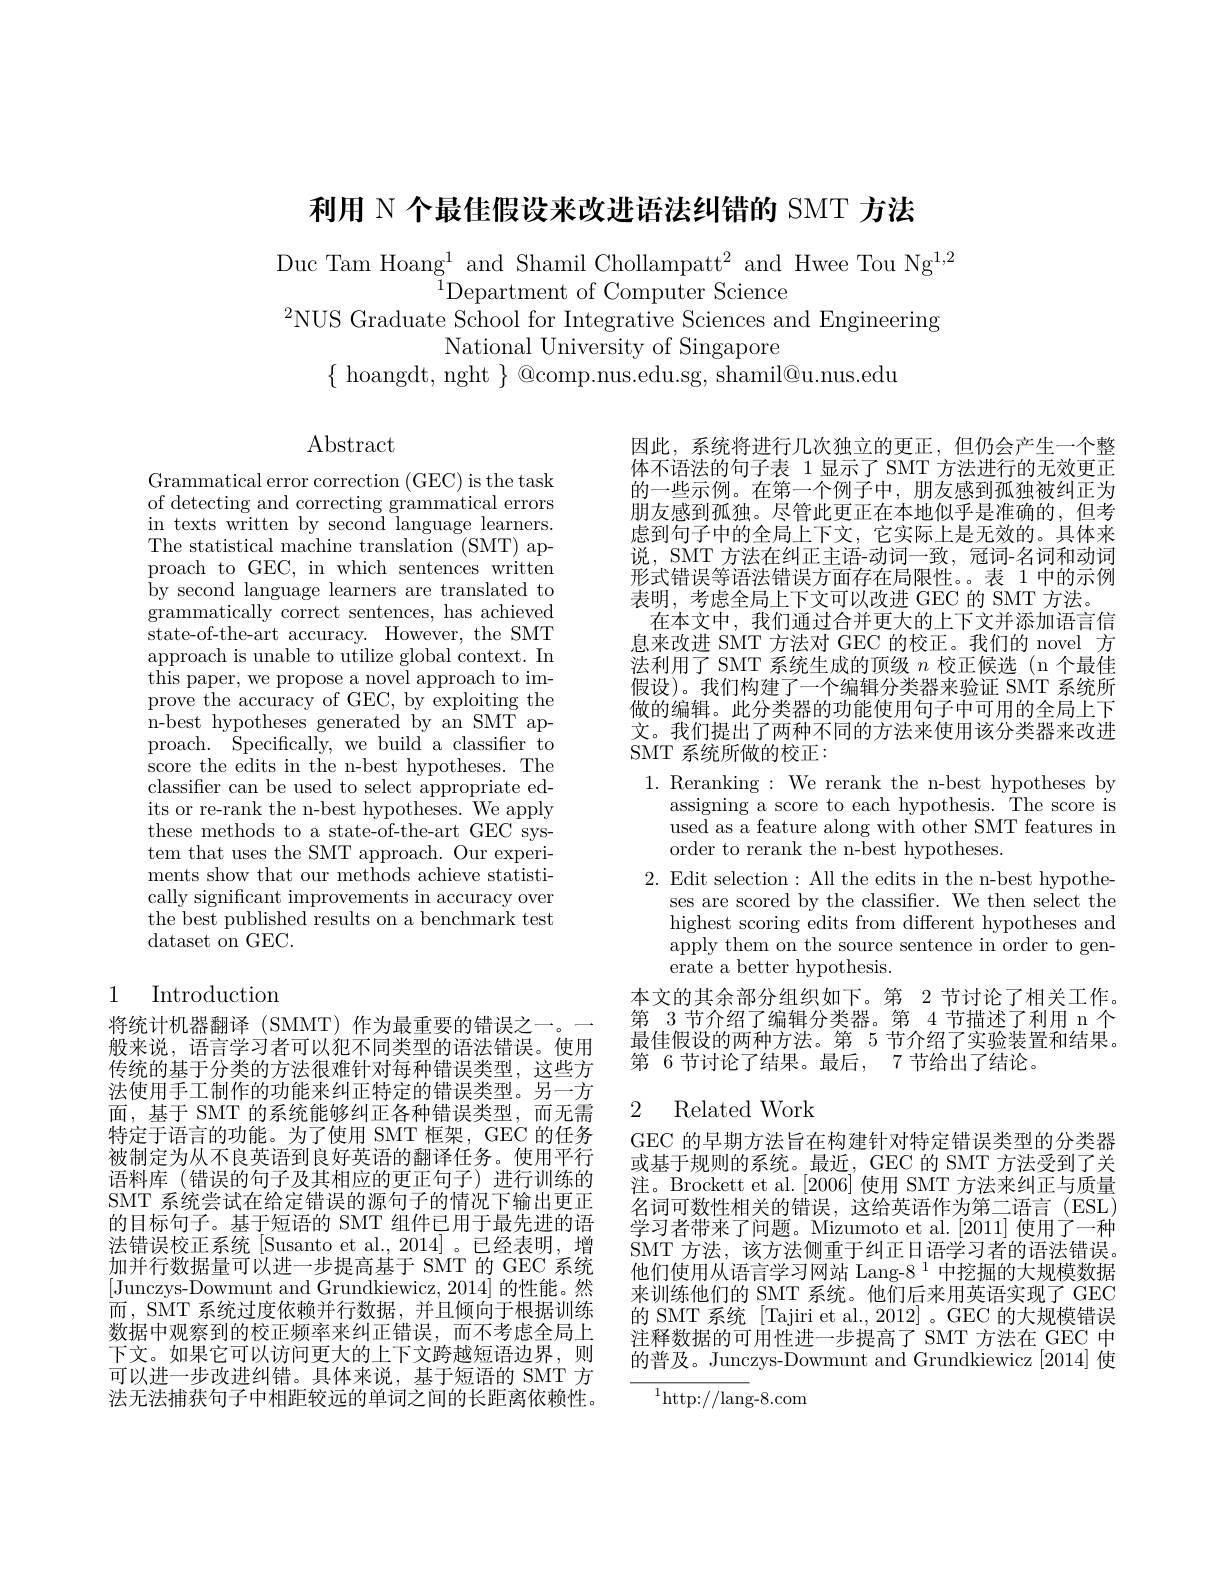
Grammatical error correction (GEC) is the task of detecting and correcting grammatical errors in texts written by second language learners. The statistical machine translation (SMT) approach to GEC, in which sentences written by second language learners are translated to grammatically correct sentences, has achieved state-of-the-art accuracy. However, the SMT approach is unable to utilize global context. In this paper, we propose a novel approach to improve the accuracy of GEC, by exploiting the n- best hypotheses generated by an SMT ap- proach. ${\mathrm{~\tilde{S}pecifically,~we~build~a~classifier~\tilde{t}o}}$ score the edits in the n-best hypotheses. The classifer can be used to select appropriate edits or re-rank the n-best hypotheses. We apply these methods to a state-of-the-art GEC system that uses the SMT approach. Our experiments show that our methods achieve statistically significant improvements in accuracy over the best published results on a benchmark test dataset on GEC.

## 1 Introduction

将统计机器翻译 (SMMT) 作为最重要的错误之一。一般来说，语言学习者可以犯不同类型的语法错误。使用传统的基于分类的方法很难针对每种错误类型，这些方法使用手工制作的功能来纠正特定的错误类型。另一方面，基于 SMT 的系统能够纠正各种错误类型，而无需特定于语言的功能。为了使用 SMT 框架，GEC 的任务被制定为从不良英语到良好英语的翻译任务。使用平行语料库(错误的句子及其相应的更正句子)进行训练的SMT 系统尝试在给定错误的源句子的情况下输出更正的目标句子。基于短语的 SMT 组件已用于最先进的语法错误校正系统[Susanto et al.,2014]。已经表明，增加并行数据量可以进一步提高基于 SMT 的 GEC 系统[Junczys-Dowmunt and Grundkiewicz, 2014] 的性能。然而，SMT 系统过度依赖并行数据，并且倾向于根据训练数据中观察到的校正频率来纠正错误，而不考虑全局上下文。如果它可以访问更大的上下文跨越短语边界，则可以进一步改进纠错。具体来说，基于短语的 SMT 方法无法捕获句子中相距较远的单词之间的长距离依赖性。

利用 N 个最佳假设来改进语法纠错的 SMT 方法

Duc Tam Hoang$^1$ and Shamil Chollampatt$^2$ and Hwee Tou Ng$^1,2$
$^{\mathrm{~}}{}^{1}$Department of Computer Science
$^2$NUS Graduate School for Integrative Sciences and Engineering
National University of Singapore
$\{$hoangdt, nght$\}$@comp.nus.edu.sg, shamil@u.nus.edu

$\operatorname{Abstract}$

1. Reranking: We rerank the n-best hypotheses by
assigning a score to each hypothesis. The score is used as a feature along with other SMT features in order to rerank the n-best hypotheses.
2. Edit selection: All the edits in the n-best hypothe-
ses are scored by the classifier. We then select the highest scoring edits from different hypotheses and apply them on the source sentence in order to generate a better hypothesis.
本文的其余部分组织如下。第 2 节讨论了相关工作。第 3 节介绍了编辑分类器。第 4 节描述了利用 n 个最佳假设的两种方法。第 5 节介绍了实验装置和结果。第 6 节讨论了结果。最后，7 节给出了结论。
2 Related Work
GEC 的早期方法旨在构建针对特定错误类型的分类器

因此，系统将进行几次独立的更正，但仍会产生一个整体不语法的句子表 1 显示了 SMT 方法进行的无效更正的一些示例。在第一个例子中，朋友感到孤独被纠正为朋友感到孤独。尽管此更正在本地似乎是准确的，但考虑到句子中的全局上下文，它实际上是无效的。具体来说，SMT 方法在纠正主语-动词一致，冠词-名词和动词形式错误等语法错误方面存在局限性。。表 1 中的示例表明，考虑全局上下文可以改进 GEC 的 SMT 方法。
在本文中，我们通过合并更大的上下文并添加语言信息来改进 SMT 方法对 GEC 的校正。我们的 novel 方法利用了 SMT 系统生成的顶级$n$校正候选(n 个最佳假设)。我们构建了一个编辑分类器来验证 SMT 系统所做的编辑。此分类器的功能使用句子中可用的全局上下文。我们提出了两种不同的方法来使用该分类器来改进SMT 系统所做的校正：

或基于规则的系统。最近，GEC 的 SMT 方法受到了关注。Brockett et al. [2006] 使用 SMT 方法来纠正与质量名词可数性相关的错误，这给英语作为第二语言(ESL) 学习者带来了问题。Mizumoto et al.[2011] 使用了一种SMT 方法，该方法侧重于纠正日语学习者的语法错误。他们使用从语言学习网站 Lang-8 1 中挖掘的大规模数据来训练他们的 SMT 系统。他们后来用英语实现了 GEC 的 SMT 系统 [Tajiri et al., 2012] 。GEC 的大规模错误注释数据的可用性进一步提高了 SMT 方法在 GEC 中的普及。Junczys-Dowmunt and Grundkiewicz [2014] 使

${^{1}\mathrm{http:}//\mathrm{lang-}8.\mathrm{com}}$